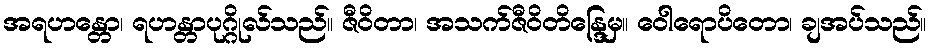
အရဟန္တော၊ ရဟန္တာပုဂ္ဂိုလ်သည်။ ဇီဝိတာ၊ အသက်ဇီဝိတိန္ဒြေမှ။ ဝေါရောပိတော၊ ချအပ်သည်။